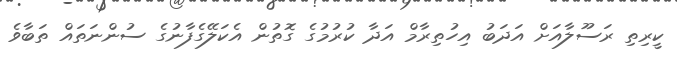
ކީރިތި ރަސޫލާއަށް އަދަބު އިހުތިރާމް އަދާ ކުރުމުގެ ގޮތުން އެކަލޭގެފާނުގެ ސުންނަތައް ތަބާވެ